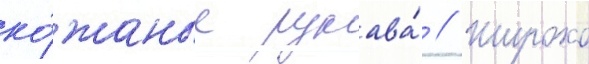
ко́жаные рукава́ // Широко